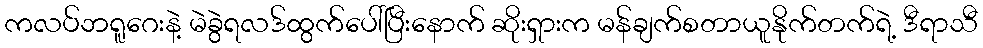
ကလပ်ဘရူဂေးနဲ့ မဲခွဲရလဒ်ထွက်ပေါ်ပြီးနောက် ဆိုးရှားက မန်ချက်စတာယူနိုက်တက်ရဲ့ ဒီရာသီ